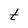
Character: t